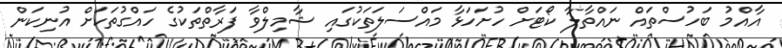
އާއްމު ބަހުސްތައް ނައްތާލާ ކޯޓަށް ހުށަހަޅާ މައްސަލަތަކުގައި ޝާމިލްވާ ފަރާތްތަކުގެ ހައްގުތަކަށް އުނިކަން